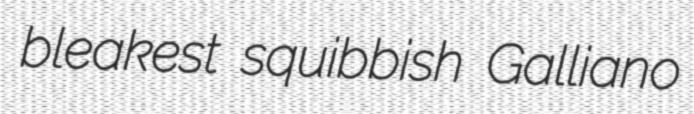
bleakest squibbish Galliano